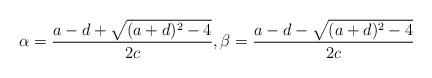
LaTeX: \begin{align*}\alpha = \frac{a-d + \sqrt{(a+d)^2 - 4}}{2c}, \beta = \frac{a-d - \sqrt{(a+d)^2 - 4}}{2c}\end{align*}